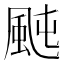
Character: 𩖤